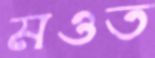
মওত